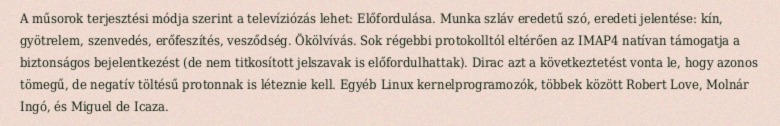
A műsorok terjesztési módja szerint a televíziózás lehet: Előfordulása. Munka szláv eredetű szó, eredeti jelentése: kín, gyötrelem, szenvedés, erőfeszítés, vesződség. Ökölvívás. Sok régebbi protokolltól eltérően az IMAP4 natívan támogatja a biztonságos bejelentkezést (de nem titkosított jelszavak is előfordulhattak). Dirac azt a következtetést vonta le, hogy azonos tömegű, de negatív töltésű protonnak is léteznie kell. Egyéb Linux kernelprogramozók, többek között Robert Love, Molnár Ingó, és Miguel de Icaza.